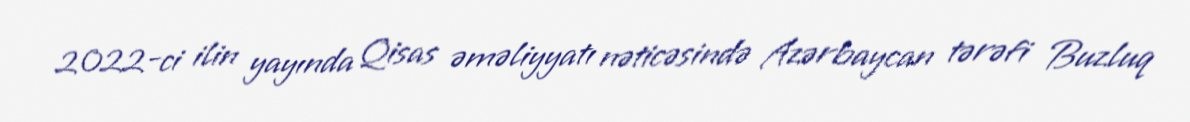
2022-ci ilin yayında Qisas əməliyyatı nəticəsində Azərbaycan tərəfi Buzluq